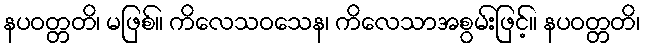
နပဝတ္တတိ၊ မဖြစ်။ ကိလေသဝသေန၊ ကိလေသာအစွမ်းဖြင့်။ နပဝတ္တတိ၊